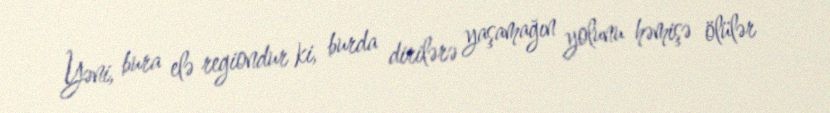
Yəni, bura elə regiondur ki, burda dirilərə yaşamağın yolunu həmişə ölülər